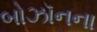
બોઝૉનના